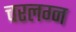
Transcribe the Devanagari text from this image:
चरलग्न